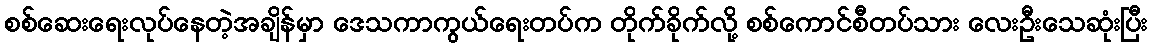
စစ်ဆေးရေးလုပ်နေတဲ့အချိန်မှာ ဒေသကာကွယ်ရေးတပ်က တိုက်ခိုက်လို့ စစ်ကောင်စီတပ်သား လေးဦးသေဆုံးပြီး